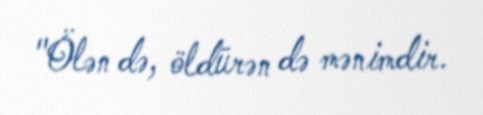
"Ölən də, öldürən də mənimdir.